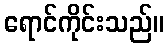
ရောင်ကိုင်းသည်။